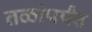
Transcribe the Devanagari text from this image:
तळांपर्यंत